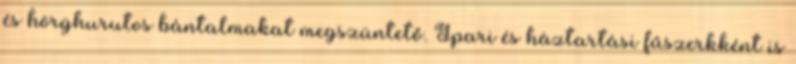
és hörghurutos bántalmakat megszüntető. Ipari és háztartási fűszerkként is